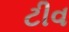
ટીવ